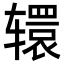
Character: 𮝹